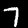
Label: 7